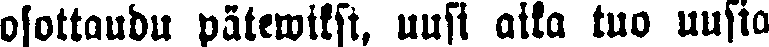
osottaubu pätewiksi, uusi aika tuo uusia